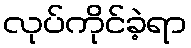
လုပ်ကိုင်ခဲ့ရာ